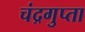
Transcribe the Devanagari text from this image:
चंद्रगुप्ता